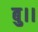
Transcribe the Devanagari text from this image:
बु।।